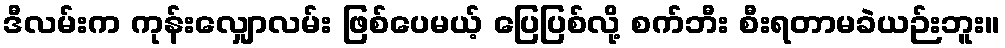
ဒီလမ်းက ကုန်းလျှောလမ်း ဖြစ်ပေမယ့် ပြေပြစ်လို့ စက်ဘီး စီးရတာမခဲယဉ်းဘူး။